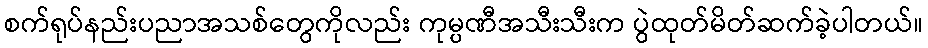
စက်ရုပ်နည်းပညာအသစ်တွေကိုလည်း ကုမ္ပဏီအသီးသီးက ပွဲထုတ်မိတ်ဆက်ခဲ့ပါတယ်။